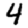
Digit: 4